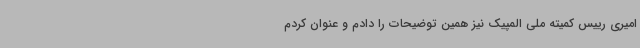
امیری رییس کمیته ملی المپیک نیز همین توضیحات را دادم و عنوان کردم